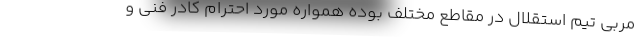
مربی تیم استقلال در مقاطع مختلف بوده همواره مورد احترام کادر فنی و